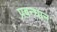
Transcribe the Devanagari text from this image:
प्रबन्धान